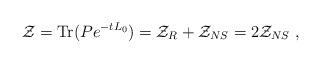
LaTeX: \begin{align*}{\cal Z}=\mathrm{Tr}( P e^{-tL_0})={\cal Z}_R+{\cal Z}_{NS}=2{\cal Z}_{NS}\ ,\end{align*}